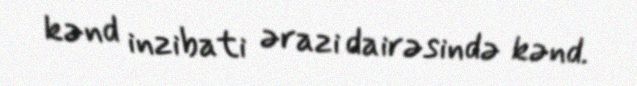
kənd inzibati ərazi dairəsində kənd.